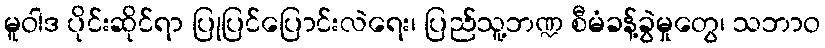
မူဝါဒ ပိုင်းဆိုင်ရာ ပြုပြင်ပြောင်းလဲရေး၊ ပြည်သူ့ဘဏ္ဍ စီမံခန့်ခွဲမှုတွေ၊ သဘာဝ